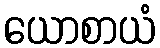
ယောစာယံ